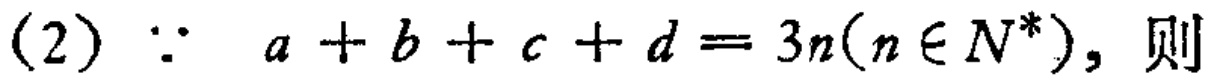
(2) $\because a + b + c + d = 3n(n\in N^{*})$，则